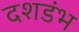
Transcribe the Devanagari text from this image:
दशडंभ